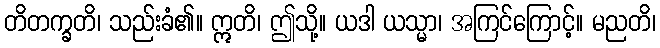
တိတက္ခတိ၊ သည်းခံ၏။ ဣတိ၊ ဤသို့။ ယဒါ ယသ္မာ၊ အကြင်ကြောင့်။ မညတိ၊